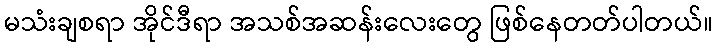
မသံးချစရာ အိုင်ဒီရာ အသစ်အဆန်းလေးတွေ ဖြစ်နေတတ်ပါတယ်။